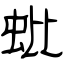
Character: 蚍